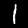
Label: 1